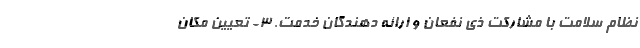
نظام سلامت با مشارکت ذی نفعان و ارائه دهندگان خدمت. ۳- تعیین مکان